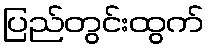
ပြည်တွင်းထွက်